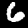
Digit: 6